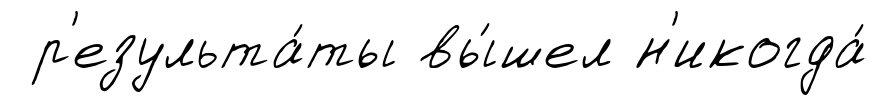
р'езульта́ты вы́шел н'икогда́